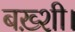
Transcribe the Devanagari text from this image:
बख़्शी।